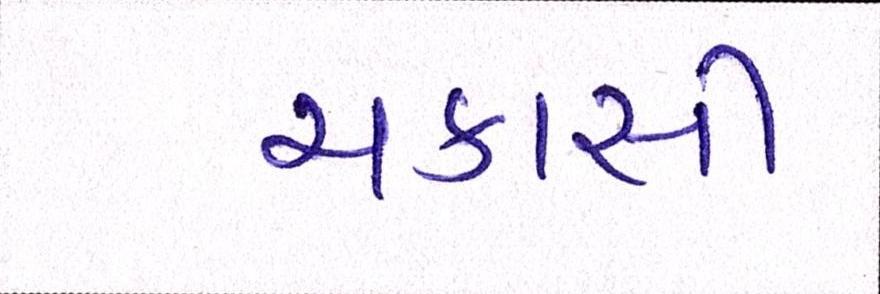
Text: ચકાસી